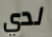
لدي